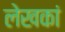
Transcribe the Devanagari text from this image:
लेखकां